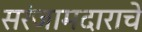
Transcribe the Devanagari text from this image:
सरंजामदाराचे